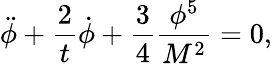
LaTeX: \ddot{\phi}+\frac{2}{t}\dot{\phi}+\frac{3}{4}\frac{\phi^{5}}{M^{2}}=0,